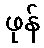
ဖုန်